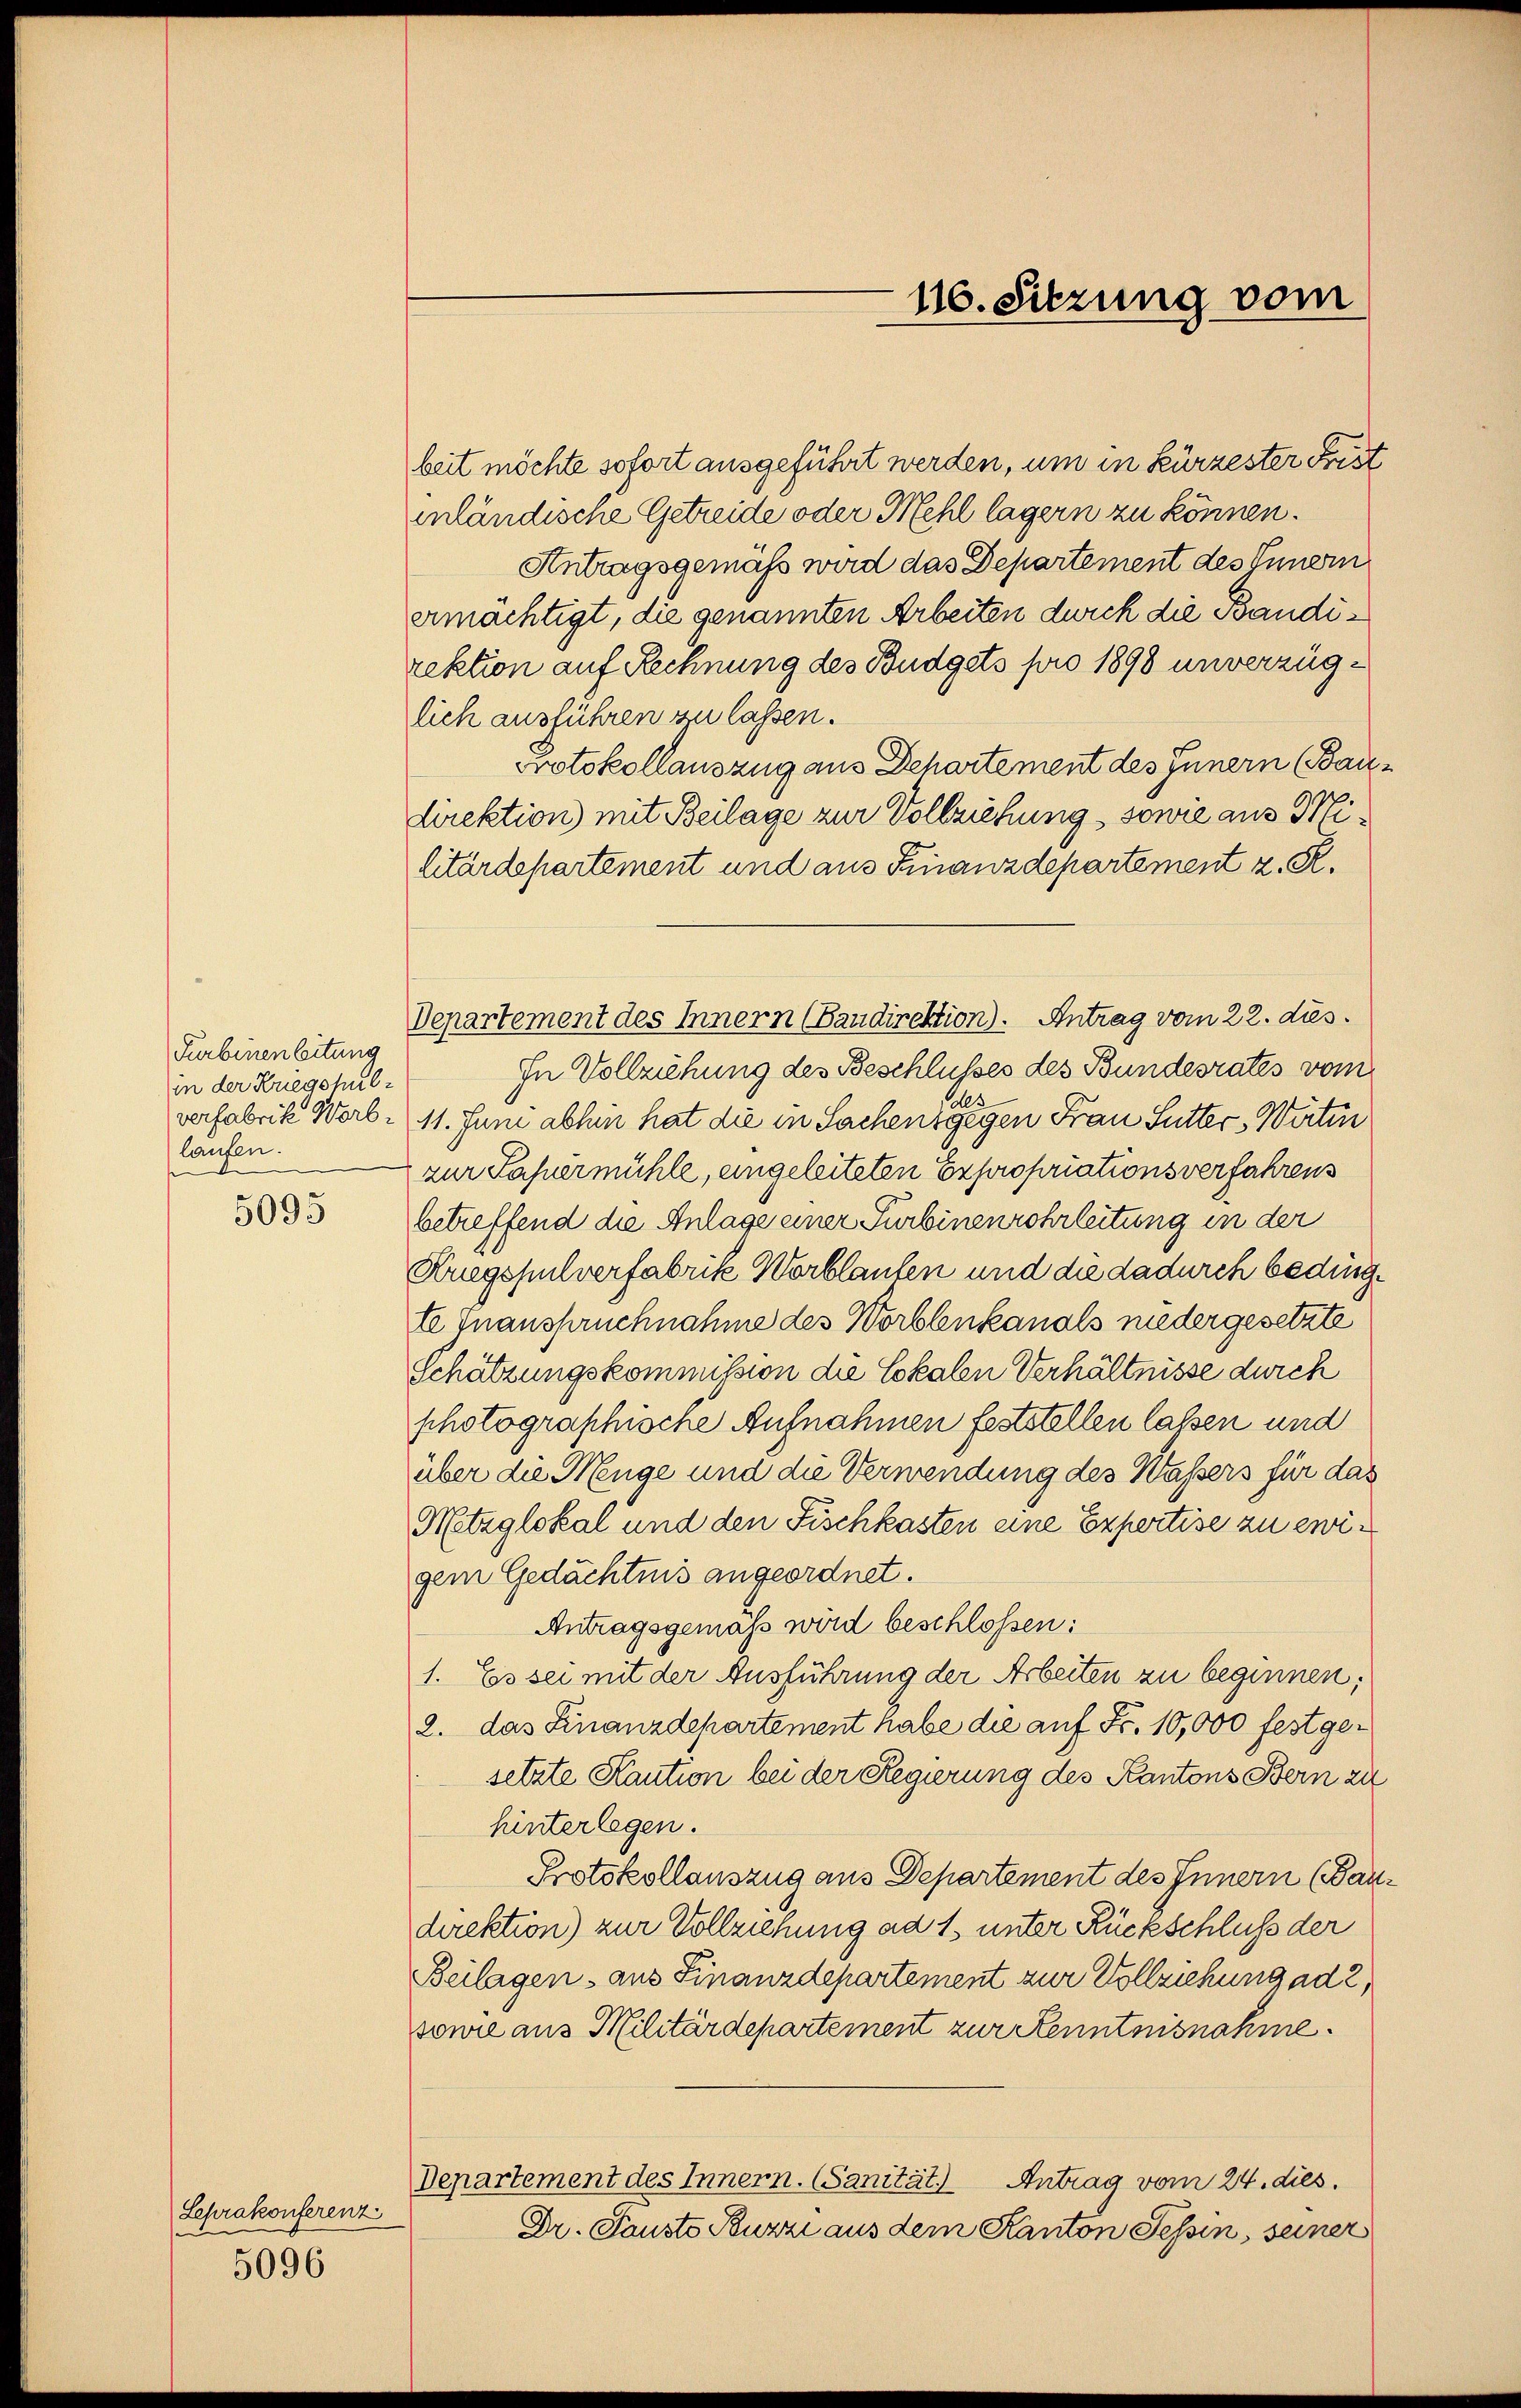
Fürbinen beitung
in der Kriegshulverfabrik Werblaufen.

5095

Seprakonferenz
5096

beit möchte sofort ausgeführt werden, um in kürzester Frist
inländische Getreide oder Mehl lagern zu können.
Antragsgemäß wird das Departement des Innern
ermächtigt, die genannten Arbeiten durch die Bandirektion auf Rechnung des Budgets pro 1898 unverzüglich ausführen zu lassen.
Protokollauszug aus Behartement des Innern (Baudirektion mit Beilage zur Vollziehung, sowie aus Militärdepartement und aus Finanzdepartement z. R.
In Vollziehung des Beschlusses des Bundesrates vom
11. Juni abhin hat die in Sachen, gegen Frau Sutter Wirtin
zur Sapermühle, eingeleiteten Expropriationsverfahrens
betreffend die Anlage einer Turbinenrohrleitung in der
Buegspulverfabrik Worblaufen und die dadurch bedingte Inanspruchnahme des Worblenkanals niedergesetzte
Schätzungskommission die Lokalen Verhältnisse durch
photographische Aufnahmen feststellen lassen und
über die Neuge und die Verwendung des Wassers für das
Metzglokal und den Fischkasten eine Expertise zu ewigem Gedächtnis angeordnet.
Antragsgemäß wird beschlossen:
1. Es sei mit der Ausführung der Arbeiten zu beginnen;
2. das Finanzdepartement habe die auf Fr. 10,000 festgesetzte Kaution bei der Regierung des Kantons Bern zu
hinterlegen.
Protokollauszug aus Departement des Innern (Bau-
direktion) zur Vollziehung ad 1. unter Rückschluss der
Beilagen, aus Finanzdepartement zur Vollziehung ad 2,
sowie aus Militärdepartement zur Kenntnisnahme.
Departement des Innern. (Sanität. Antrag vom 24. dies.
Dr. Fausto Kuzzi aus dem Kanton Tessin, seiner

Departement des Innern (Baudirektion). Antrag vom 22. dies

116. Sitzung vom